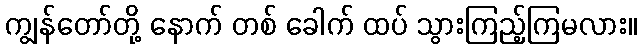
ကျွန်တော်တို့ နောက် တစ် ခေါက် ထပ် သွားကြည့်ကြမလား။